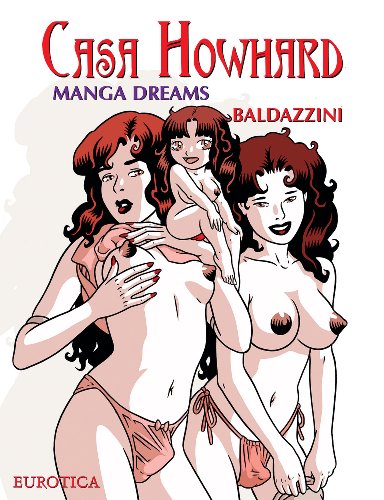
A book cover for Casa Howhard: Vol. 5 - Manga Dreams; Roberto Baldazzini; Comics & Graphic Novels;